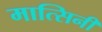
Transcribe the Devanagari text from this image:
मात्सिनी